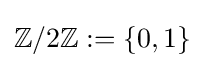
\mathbb {Z} /2\mathbb {Z} :=\lbrace 0,1\rbrace